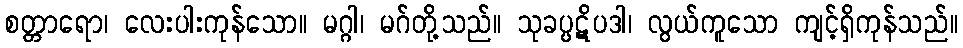
စတ္တာရော၊ လေးပါးကုန်သော။ မဂ္ဂါ၊ မဂ်တို့သည်။ သုခပ္ပဋိပဒါ၊ လွယ်ကူသော ကျင့်ရှိကုန်သည်။